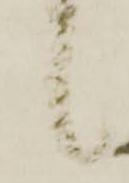
候